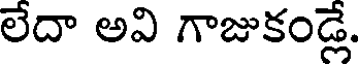
లేదా అవి గాజుకండ్లే.